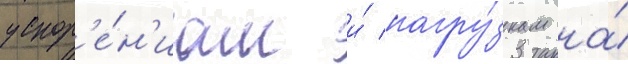
ускор'е́н'иам и́ нагру́зкам на́